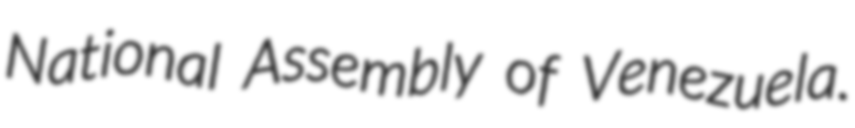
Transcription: National Assembly of Venezuela.